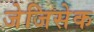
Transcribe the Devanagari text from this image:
जेजिसेक